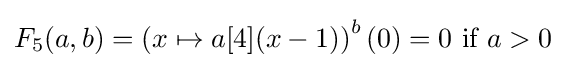
F_{5}(a,b)=\left(x\mapsto a[4](x-1)\right)^{b}(0)=0{\text{ if }}a>0